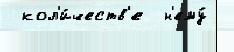
 кол'и́честв'е  н'ему́